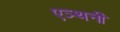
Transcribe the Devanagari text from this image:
एञ्थनी